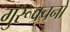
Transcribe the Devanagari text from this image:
गुरूवचनों